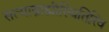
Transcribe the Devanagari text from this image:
सत्याब्राह्मीस्थितिरिव